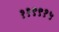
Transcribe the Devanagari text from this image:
११९९१५